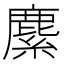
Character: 𦄐